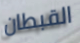
القبطان